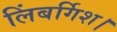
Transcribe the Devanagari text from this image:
लिंबर्गिश।